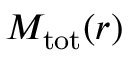
M _ { \mathrm { t o t } } ( r )